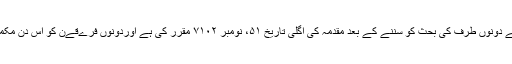
بہر حال مزید بھث سے پہلے ہی دونوں ججوں نے دونوں طرف کی بحث کو سننے کے بعد مقدمہ کی اگلی تاریخ ۵۱، نومبر ۷۱۰۲ مقرر کی ہے اوردونوں فرےقےن کو اس دن مکمل بحث کرنے کا موقع دےنے کا وعدہ کےا ہے۔